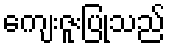
ကျေးဇူးပြုသည်